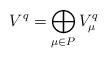
LaTeX: \begin{align*}V^q = \bigoplus\limits_{\mu\in P} V_\mu^q\end{align*}